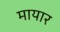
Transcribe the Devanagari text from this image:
मायार